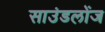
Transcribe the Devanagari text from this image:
साउंडलोंज